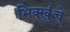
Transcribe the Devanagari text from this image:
भिक्खुंचे